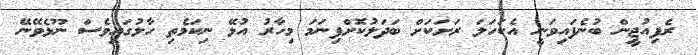
ރެފިއުޖީން ބުނެފައިވަނީ އެކަހަލަ ރަށަކަށް ބަދަލުކޮށްފިނަމަ މިހާރު އުޅޭ ނިކަމެތި ހާލުގައިވެސް ނޫޅެވޭނޭ